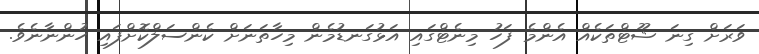
ވަރަށް ގިނަ ޝޫޓްތަކެއް އެންމެ ފަހު މިނެޓްގައި އަޅުގަނޑުމެން މިހާތަނަށް ކެންސަލްކޮށްފައި ހުންނާނެވެ.